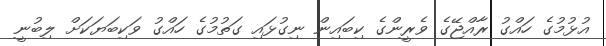
އުޅުމުގެ ހައްގު ރާއްޖޭގެ ވެރީންގެ ކިބައިން ނިގުޅައި ގަތުމުގެ ހައްގު ވަކިބަޔަކަށް ލިބުނީ